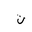
Letter: _ta